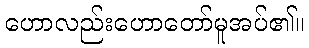
ဟောလည်းဟောတော်မူအပ်၏။